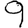
Digit: 9